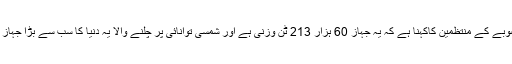
منصوبے کے منتظمین کاکہنا ہے کہ یہ جہاز 60 ہزار 213 ٹن وزنی ہے اور شمسی توانائی پر چلنے والا یہ دنیا کا سب سے بڑا جہاز ہے۔